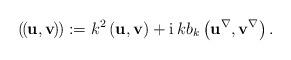
LaTeX: \begin{align*}\left(\kern-.1em\left(\kern-.1em\mathbf{u},\mathbf{v}\kern-.1em\right)\kern-.1em\right) :=k^{2}\left( \mathbf{u},\mathbf{v}\right) +\operatorname*{i}kb_{k}\left( \mathbf{u}^{\nabla},\mathbf{v}^{\nabla}\right) .\end{align*}